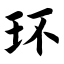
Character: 环